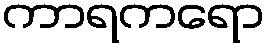
ကာရကရော